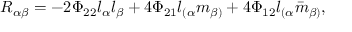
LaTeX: R _ { \alpha \beta } = - 2 \Phi _ { 2 2 } l _ { \alpha } l _ { \beta } + 4 \Phi _ { 2 1 } l _ { ( \alpha } m _ { \beta ) } + 4 \Phi _ { 1 2 } l _ { ( \alpha } { \bar { m } } _ { \beta ) } ,